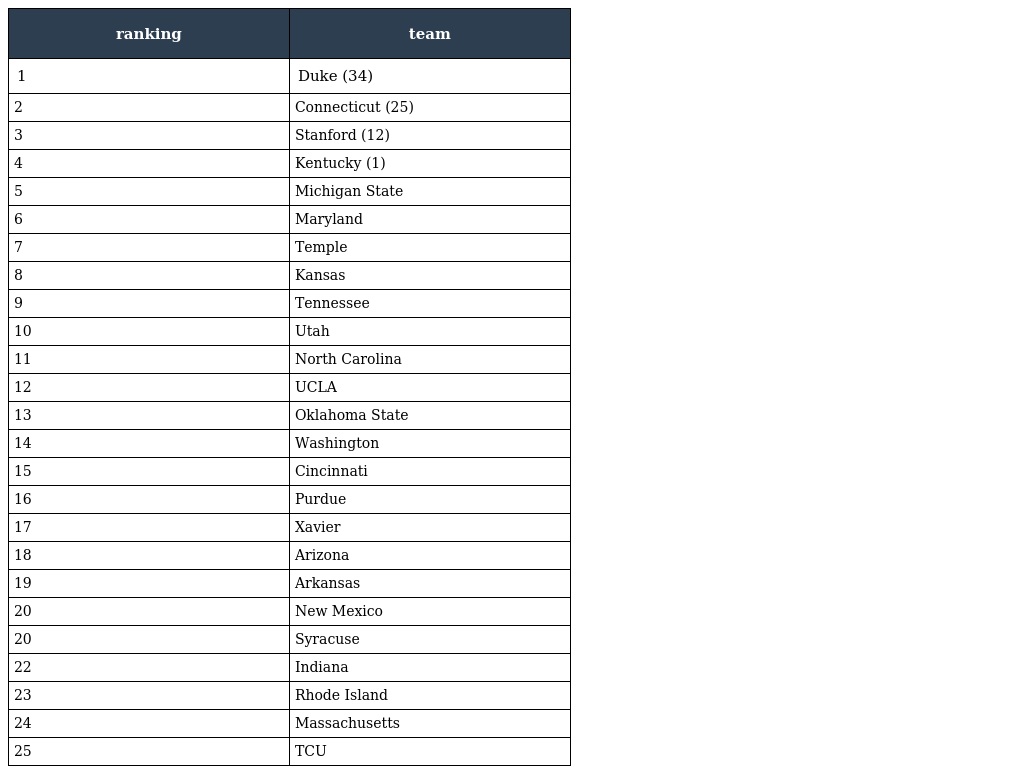
| ranking | team |
 | --- | --- |
 | 1 | Duke (34) |
 | 2 | Connecticut (25) |
 | 3 | Stanford (12) |
 | 4 | Kentucky (1) |
 | 5 | Michigan State |
 | 6 | Maryland |
 | 7 | Temple |
 | 8 | Kansas |
 | 9 | Tennessee |
 | 10 | Utah |
 | 11 | North Carolina |
 | 12 | UCLA |
 | 13 | Oklahoma State |
 | 14 | Washington |
 | 15 | Cincinnati |
 | 16 | Purdue |
 | 17 | Xavier |
 | 18 | Arizona |
 | 19 | Arkansas |
 | 20 | New Mexico |
 | 20 | Syracuse |
 | 22 | Indiana |
 | 23 | Rhode Island |
 | 24 | Massachusetts |
 | 25 | TCU |